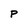
Character: p